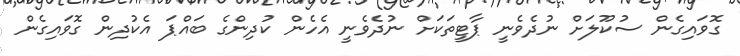
ގޮވައިގެން ސުކޫލަށް ނުދެވެނީ ޕާޓީތަކަށް ނުދެވެނީ އެހެން ކުދިންގެ ބައްޕަ އެކުދިން ގޮވައިގެން